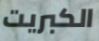
الكبريت